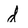
Character: d